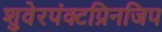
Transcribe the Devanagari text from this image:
शुवेरपंक्टप्रिनजिप